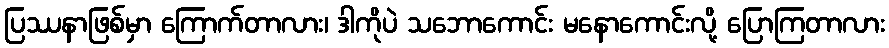
ပြဿနာဖြစ်မှာ ကြောက်တာလား၊ ဒါကိုပဲ သဘောကောင်း မနောကောင်းလို့ ပြောကြတာလား